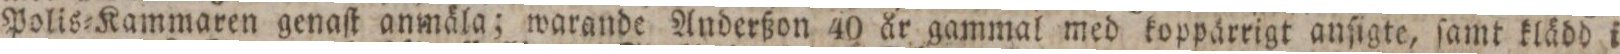
Polis=Kammaren genaſt anmäla; warande Anderßon 40 år gammal med koppärrigt anſigte, ſamt klädd i